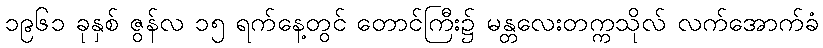
၁၉၆၁ ခုနှစ် ဇွန်လ ၁၅ ရက်နေ့တွင် တောင်ကြီး၌ မန္တလေးတက္ကသိုလ် လက်အောက်ခံ